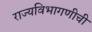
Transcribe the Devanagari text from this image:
राज्यविभागणीची